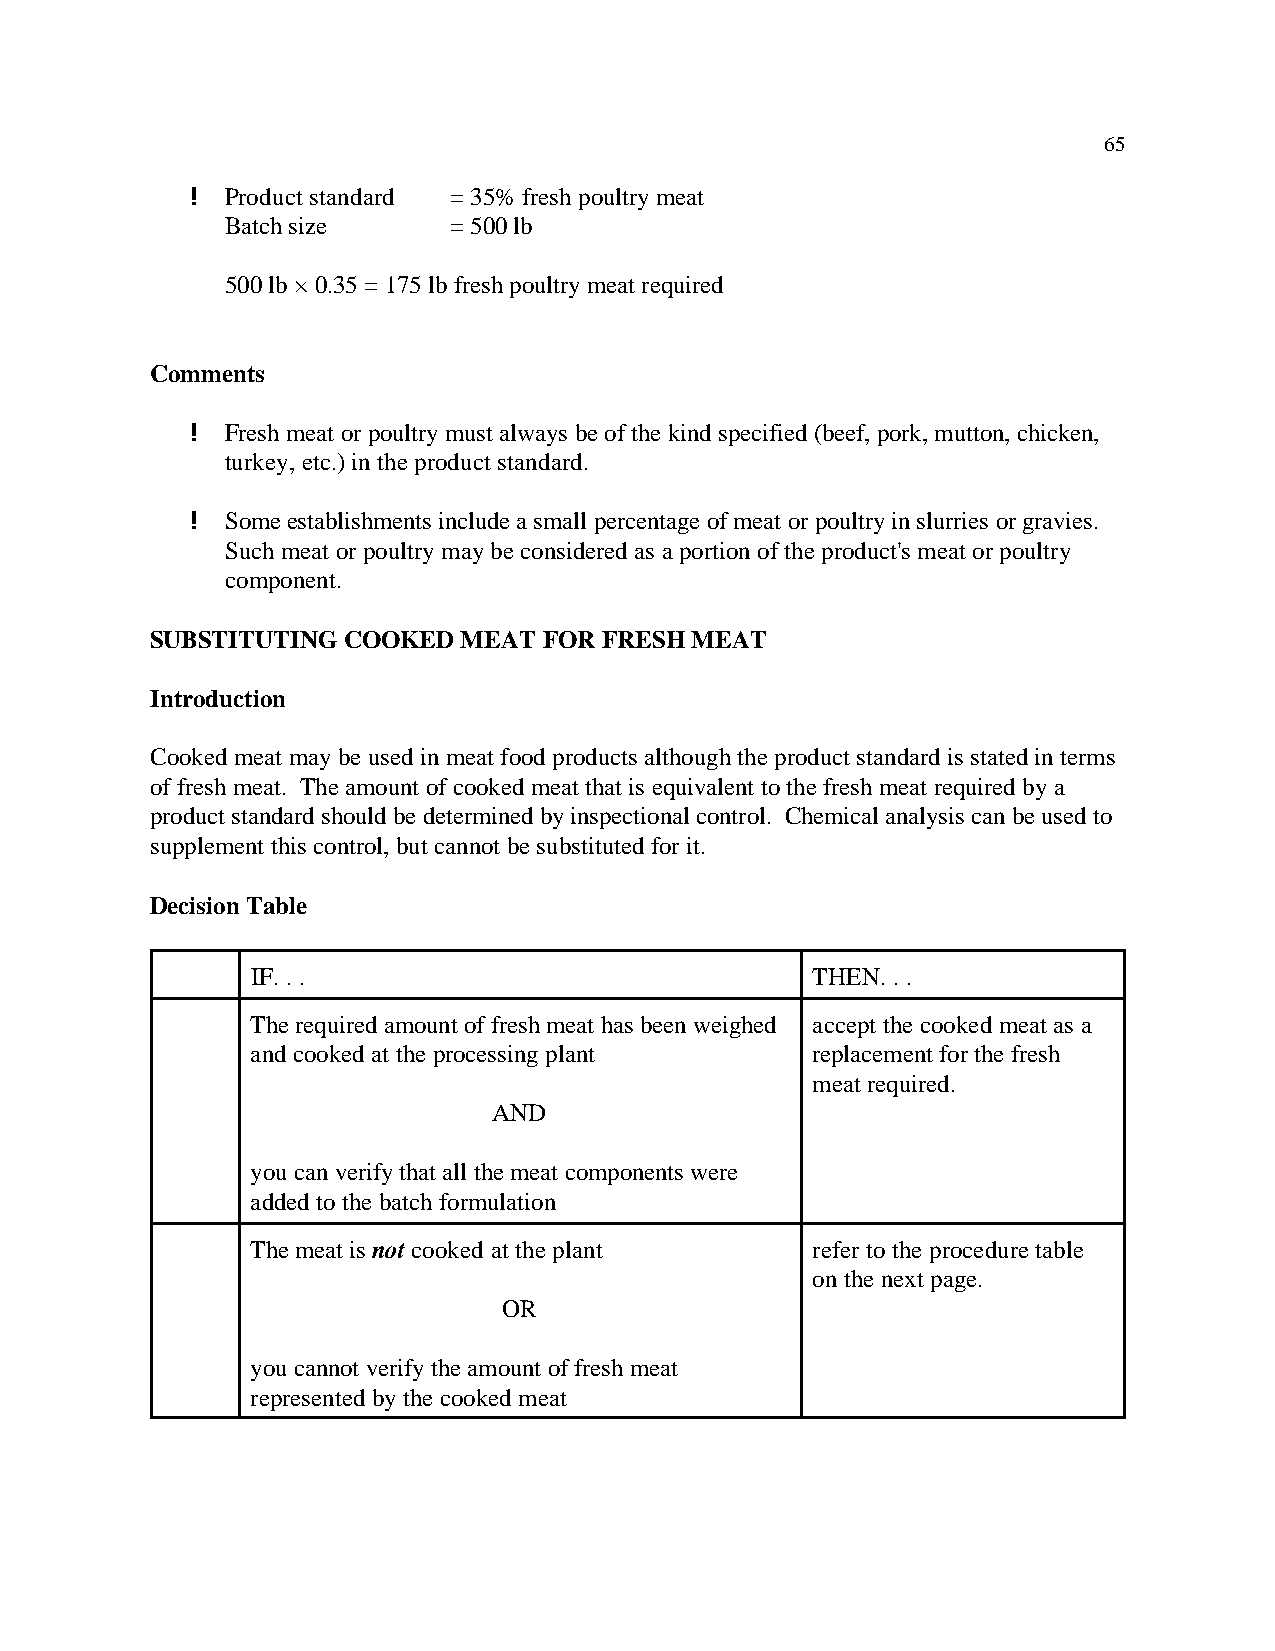
65
 ! Product standard = 35% fresh poultry meat
 Batch size     = 500 lb
 500 lb × 0.35 = 175 lb fresh poultry meat required
 Comments
 ! Fresh meat or poultry must always be of the kind specified (beef, pork, mutton, chicken,
 turkey, etc.) in the product standard.
 ! Some establishments include a small percentage of meat or poultry in slurries or gravies.
 Such meat or poultry may be considered as a portion of the product's meat or poultry
 component.
 SUBSTITUTING COOKED  MEAT FOR FRESH MEAT
 Introduction
 Cooked meat may be used in meat food products although the product standard is stated in terms
 of fresh meat. The amount of cooked meat that is equivalent to the fresh meat required by a
 product standard should be determined by inspectional control. Chemical analysis can be used to
 supplement this control, but cannot be substituted for it.
 Decision Table
 IF. . .                              THEN. . .
 The required amount of fresh meat has been weighed accept the cooked meat as a
 and cooked at the processing plant   replacement for the fresh
 meat required.
 AND
 you can verify that all the meat components were
 added to the batch formulation
 The meat is not cooked at the plant  refer to the procedure table
 on the next page.
 OR
 you cannot verify the amount of fresh meat
 represented by the cooked meat